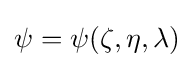
\psi =\psi (\zeta ,\eta ,\lambda )